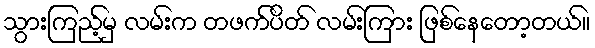
သွားကြည့်မှ လမ်းက တဖက်ပိတ် လမ်းကြား ဖြစ်နေတော့တယ်။